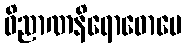
ဝိညာဏနိရောဓောပေ